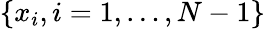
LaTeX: \{ x_{i},i=1,\ldots,N-1\}